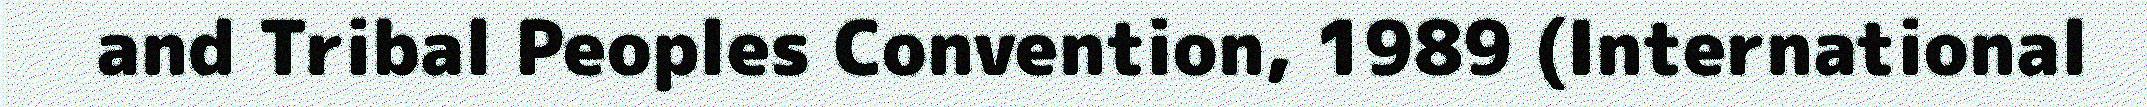
and Tribal Peoples Convention, 1989 (International